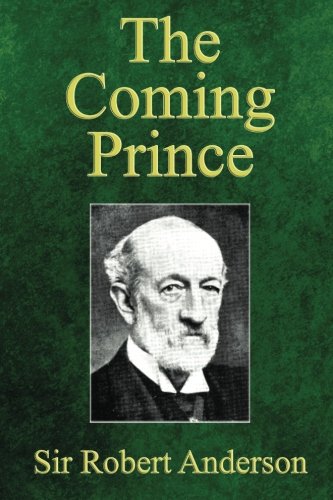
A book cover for The Coming Prince: The Marvelous Prophecy of Daniel's Seventy Weeks Concerning the Antichrist; Sir Robert Anderson; Christian Books & Bibles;